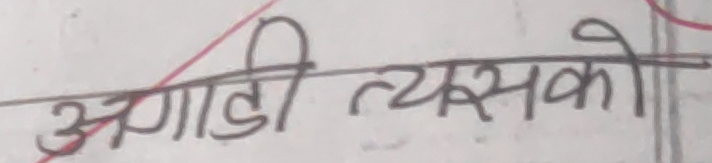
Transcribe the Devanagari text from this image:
अगाडी त्यसको